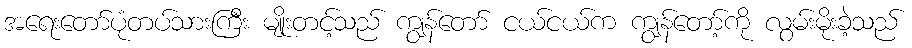
အရေးတော်ပုံတပ်သားကြီး မျိုးတင့်သည် ကျွန်တော် ငယ်ငယ်က ကျွန်တော့်ကို လွမ်းမိုးခဲ့သည်